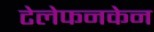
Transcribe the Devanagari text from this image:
टेलेफनकेन